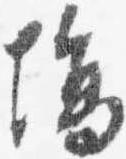
場